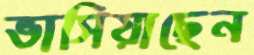
ভাসিয়াছেন